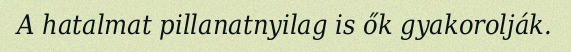
A hatalmat pillanatnyilag is ők gyakorolják.